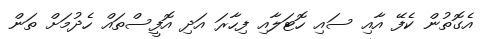
އެގޮތުން ކެފޭ އާއި ސައި ހޮޓަލާއި ފިހާރަ އަދި އޮފީސްތައް ހެދުމަށް ތަން